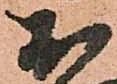
於